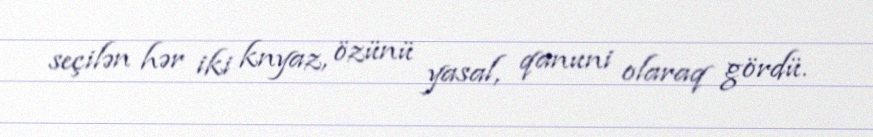
seçilən hər iki knyaz, özünü yasal, qanuni olaraq gördü.